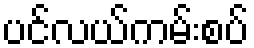
ပင်လယ်ကမ်းစပ်